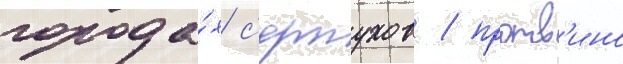
города́х с'ерпухов / протв'ино